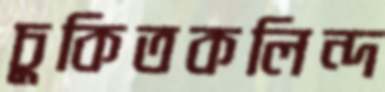
চুকিতকলিন্দ